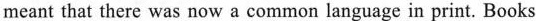
meant that there was now a common language in print. Books